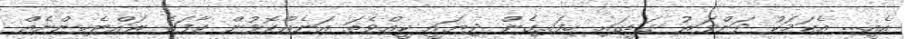
އެއީ... އެކަމަކު ދަންވަރު ގަޑީގައި ހިފައިގެން ދިޔައީ ކީއްވެތަ އަނެއްކޮޅުން ކާފަގެ ރައްޓެހިންނެއް